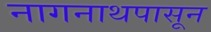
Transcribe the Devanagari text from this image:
नागनाथपासून